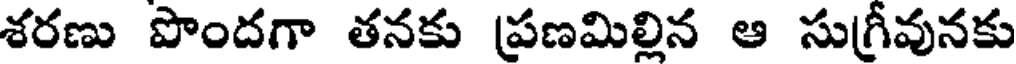
శరణు పొందగా తనకు ప్రణమిల్లిన ఆ సుగ్రీవునకు